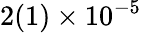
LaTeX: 2(1)\times 10^{-5}